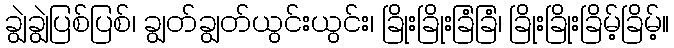
ချွဲချွဲပြစ်ပြစ်၊ ချွတ်ချွတ်ယွင်းယွင်း၊ ခြိုးခြိုးခြံခြံ၊ ခြိုးခြိုးခြိမ့်ခြိမ့်။